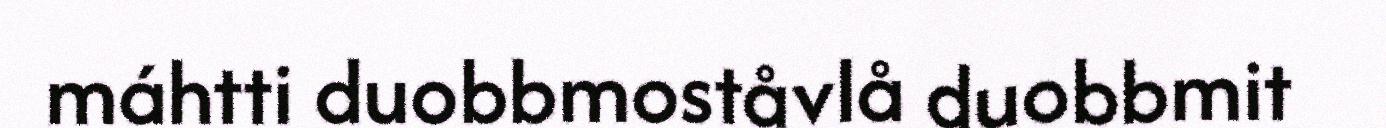
máhtti duobbmoståvlå duobbmit